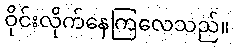
ဝိုင်းလိုက်နေကြလေသည်။